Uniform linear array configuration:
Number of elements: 48
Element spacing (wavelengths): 0.25
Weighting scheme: cosine
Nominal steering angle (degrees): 60
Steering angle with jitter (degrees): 58.711
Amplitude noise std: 0.05
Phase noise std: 0.05

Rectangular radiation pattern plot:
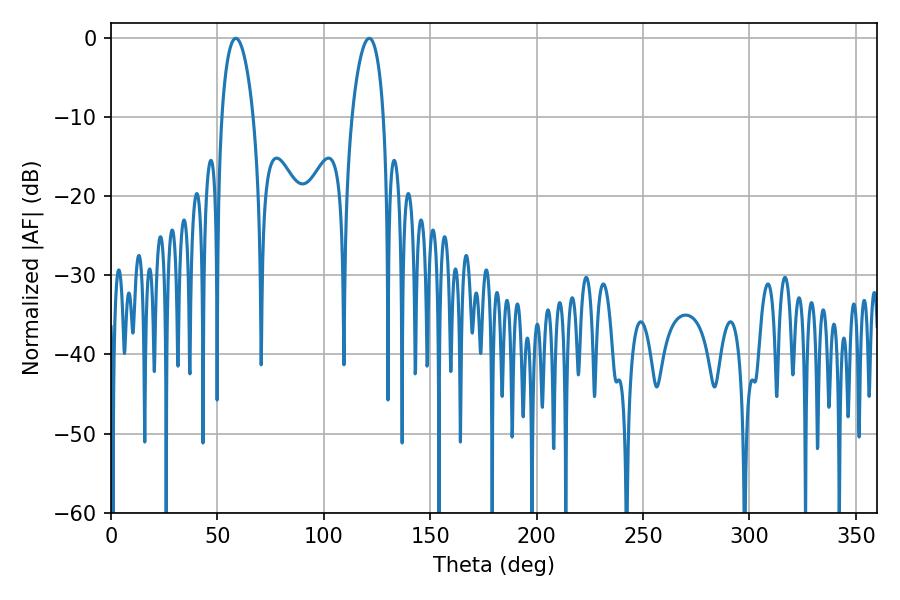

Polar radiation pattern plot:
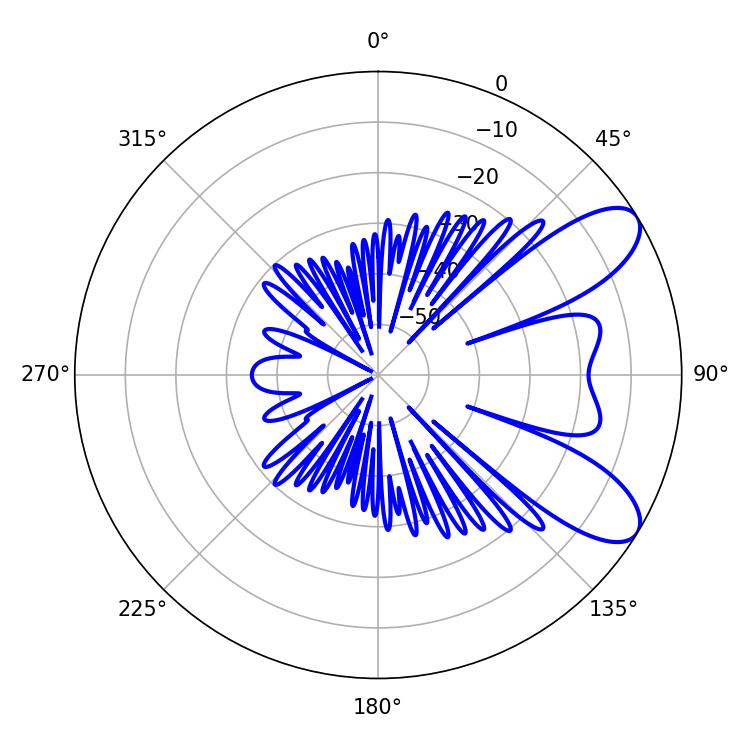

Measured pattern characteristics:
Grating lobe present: FALSE
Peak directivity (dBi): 8.519
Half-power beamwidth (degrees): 8.46
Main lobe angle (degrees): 58.68